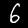
Digit: 6